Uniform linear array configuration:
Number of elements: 48
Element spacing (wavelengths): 1
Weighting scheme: binomial
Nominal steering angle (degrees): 0
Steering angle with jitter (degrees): -1.705
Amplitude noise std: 0.05
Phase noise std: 0.05

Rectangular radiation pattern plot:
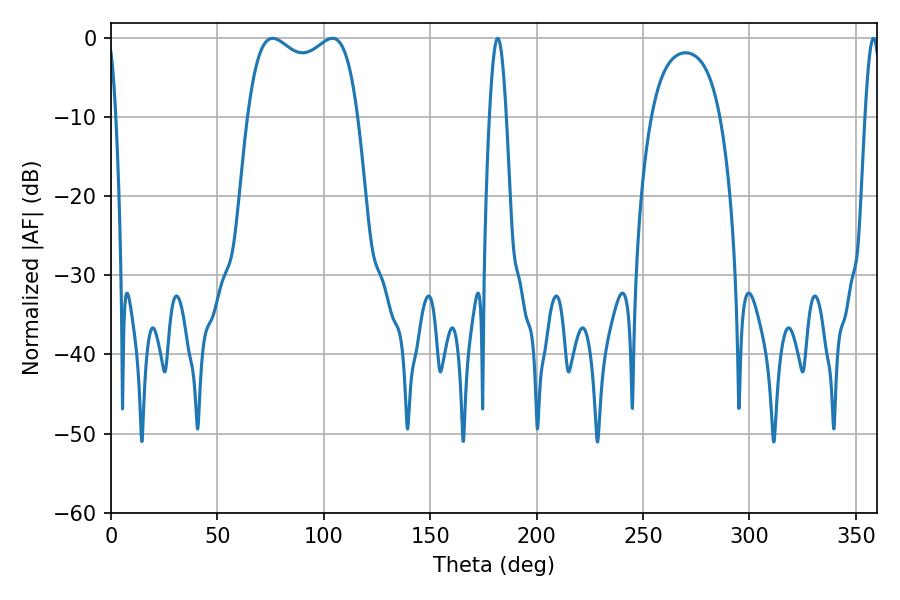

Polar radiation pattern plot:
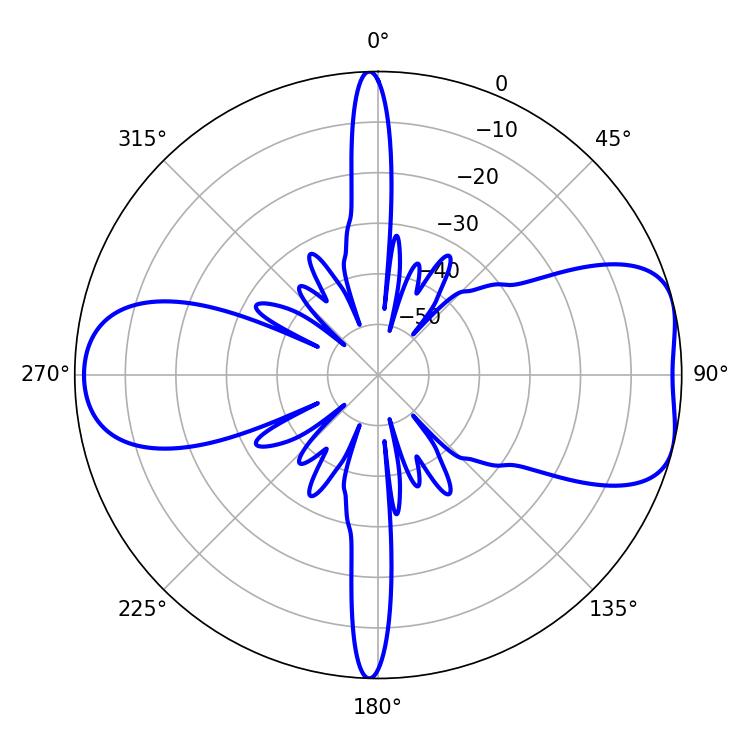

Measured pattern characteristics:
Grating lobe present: TRUE
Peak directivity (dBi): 7.191
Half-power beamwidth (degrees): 42.48
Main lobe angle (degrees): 75.96